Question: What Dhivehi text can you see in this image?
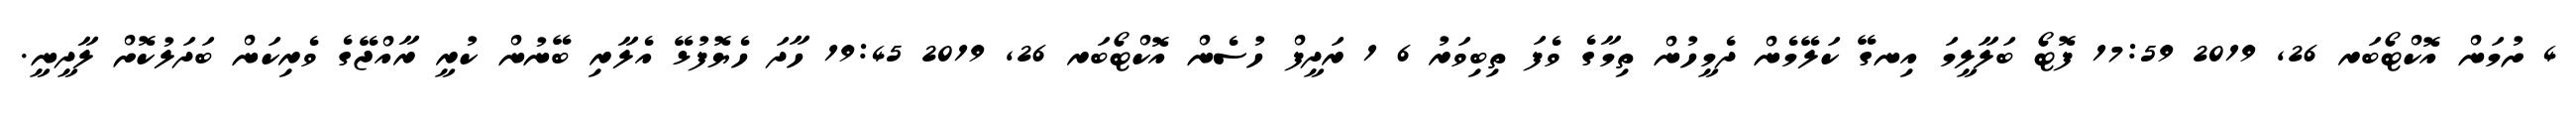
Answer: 4 ށުމަން އޮކްޓޯބަރ 26, 2019 17:59 ފޮޓޯ ބަލާލީމަ އިނގޭ ކަލޭމެން ދެމީހުން ތިމާގެ ވެފަ ތިބިވަރު 6 1 ރަދީފް ހުސެން އޮކްޓޯބަރ 26, 2019 19:45 ހާދަ ހެޔޮފުޅޭ އެލާރި ބޭނުން ކުރީ ރާއްޖޭގެ ވެރިކަން ބަދަލުކޮށް ލާދީނީ.